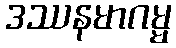
ဒဿနမာဂမ္မ